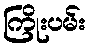
ကြိုးပမ်း